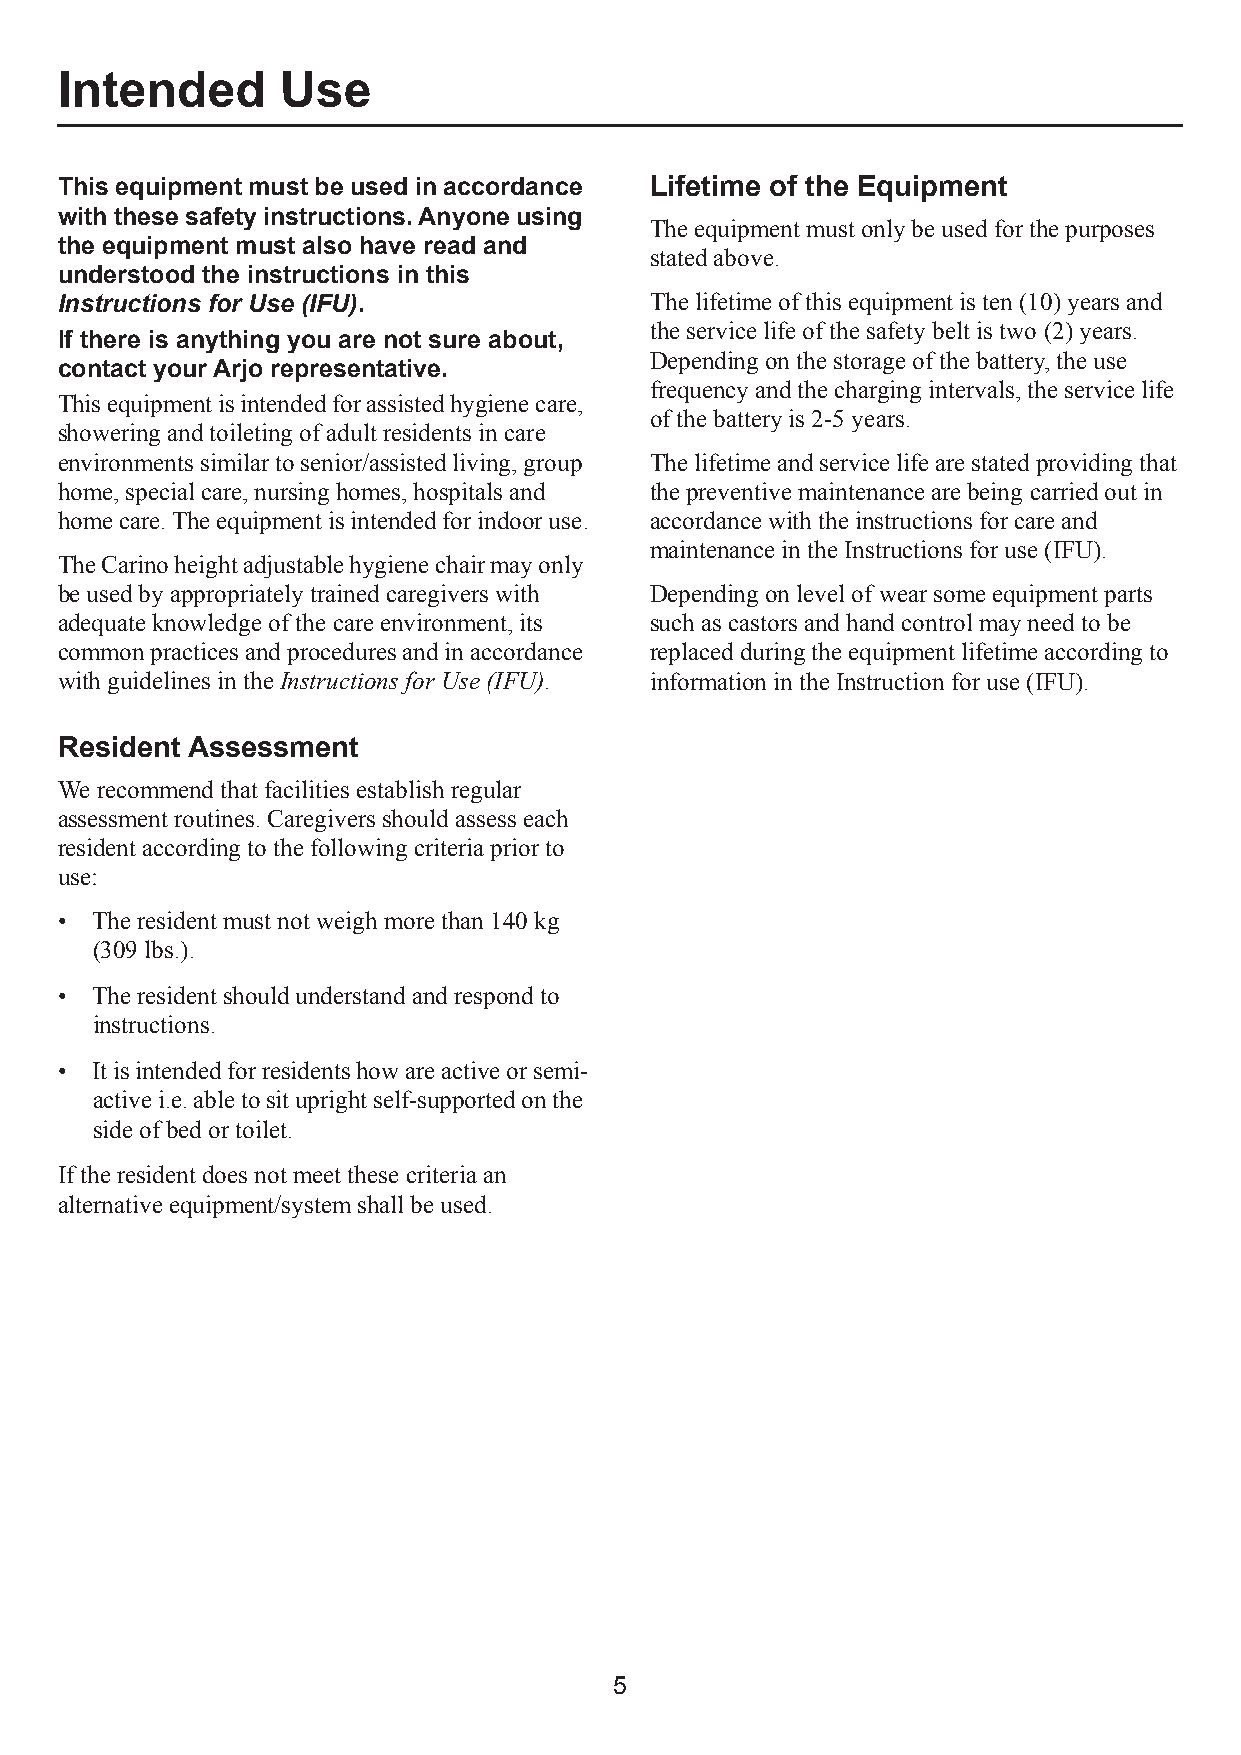
Intended       Use
 This equipment must be used in accordance Lifetime of the Equipment
 with these safety instructions. Anyone using
 The equipment must only be used for the purposes
 the equipment must also have read and
 stated above.
 understood the instructions in this
 Instructions for Use (IFU).            The lifetime of this equipment is ten (10) years and
 the service life of the safety belt is two (2) years.
 If there is anything you are not sure about,
 Depending on the storage of the battery, the use
 contact your Arjo representative.
 frequency and the charging intervals, the service life
 This equipment is intended for assisted hygiene care,
 of the battery is 2-5 years.
 showering and toileting of adult residents in care
 environments similar to senior/assisted living, group The lifetime and service life are stated providing that
 home, special care, nursing homes, hospitals and the preventive maintenance are being carried out in
 home care. The equipment is intended for indoor use. accordance with the instructions for care and
 maintenance in the Instructions for use (IFU).
 The Carino height adjustable hygiene chair may only
 be used by appropriately trained caregivers with Depending on level of wear some equipment parts
 adequate knowledge of the care environment, its such as castors and hand control may need to be
 common practices and procedures and in accordance replaced during the equipment lifetime according to
 with guidelines in the Instructions for Use (IFU). information in the Instruction for use (IFU).
 Resident Assessment
 We recommend that facilities establish regular
 assessment routines. Caregivers should assess each
 resident according to the following criteria prior to
 use:
 • The resident must not weigh more than 140 kg
 (309 lbs.).
 • The resident should understand and respond to
 instructions.
 • It is intended for residents how are active or semi-
 active i.e. able to sit upright self-supported on the
 side of bed or toilet.
 If the resident does not meet these criteria an
 alternative equipment/system shall be used.
 5